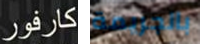
كارفور بالجريمة